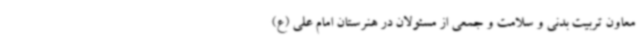
معاون تربیت بدنی و سلامت و جمعی از مسئولان در هنرستان امام علی (ع)